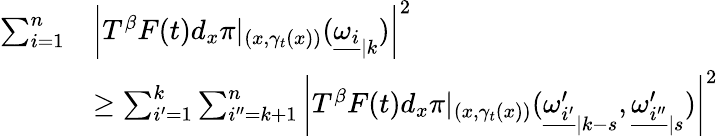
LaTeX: \begin{array}{rl}{\sum_{i=1}^{n}}&{\left|T^{\beta}F(t)d_{x}\pi|_{(x,\gamma_{t}(x))}({\underline{{\omega_{i}}}}_{|k})\right|^{2}}\\ &{\geq\sum_{i^{\prime}=1}^{k}\sum_{i^{\prime\prime}=k+1}^{n}\left|T^{\beta}F(t)d_{x}\pi|_{(x,\gamma_{t}(x))}({\underline{{\omega_{i^{\prime}}^{\prime}}}}_{|k-s},{\underline{{\omega_{i^{\prime\prime}}^{\prime}}}}_{|s})\right|^{2}}\end{array}